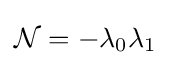
{\mathcal {N}}=-\lambda _{0}\lambda _{1}